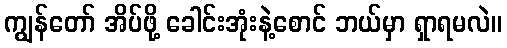
ကျွန်တော် အိပ်ဖို့ ခေါင်းအုံးနဲ့စောင် ဘယ်မှာ ရှာရမလဲ။